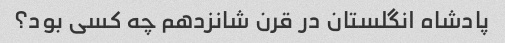
پادشاه انگلستان در قرن شانزدهم چه کسی بود؟